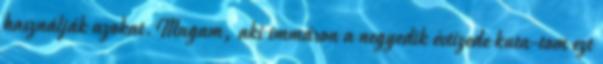
használják azokat.Magam, aki immáron a negyedik évtizede kuta-tom ezt